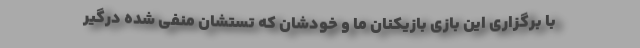
با برگزاری این بازی بازیکنان ما و خودشان که تستشان منفی شده درگیر